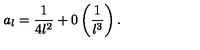
a _ { l } = \displaystyle \frac { 1 } { 4 l ^ { 2 } } + 0 \left( \displaystyle \frac { 1 } { l ^ { 3 } } \right) .